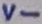
Text: V-